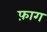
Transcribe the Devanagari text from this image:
फ़ाग